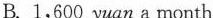
B.1,600 yuan a month